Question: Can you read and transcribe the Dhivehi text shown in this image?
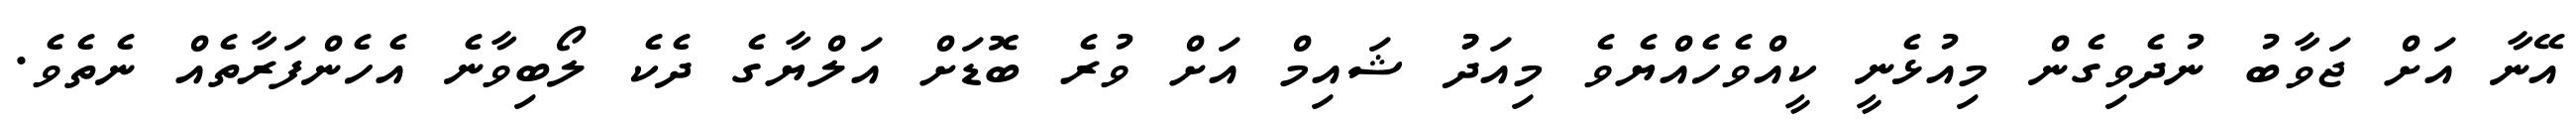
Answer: އޭނާ އަށް ޖަވާބު ނުދެވިގެން މިއުޅެނީ ކީއްވެހެއްޔެވެ މިއަދުު ޝައިމް އަށް ވުރެ ބޮޑަށް އަލްޔާގެ ދެކެ ލޯބިވާނެ އެހެންފަރާތެއް ނެތެވެ.